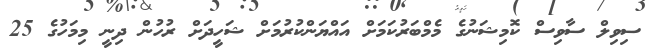
ސިވިލް ސާވިސް ކޮމިޝަނުގެ މެމްބަރުކަމަށް އައްޔަންކުރުމަށް ޝަހީދަށް ރުހުން ދިނީ މިމަހުގެ 25